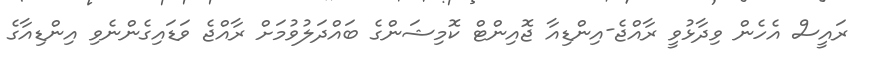
ރައީސް އެހެން ވިދާޅުވީ ރާއްޖެ-އިންޑިއާ ޖޮއިންޓް ކޮމިޝަންގެ ބައްދަލުވުމަށް ރާއްޖެ ވަޑައިގެންނެވި އިންޑިއާގެ